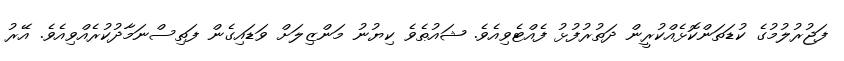
ފަޖުރުލުމުގެ ކުޑަތަންކޮޅެއްކުރީން ދަތުރުފުޅު ފެއްޓެވިއެވެ. ޝައުޠެވެ ކިޔުނު މަންޒިލަށް ވަޑައިގެން ފަތިސްނަމާދުކުރެއްވިއެވެ. އޭރު